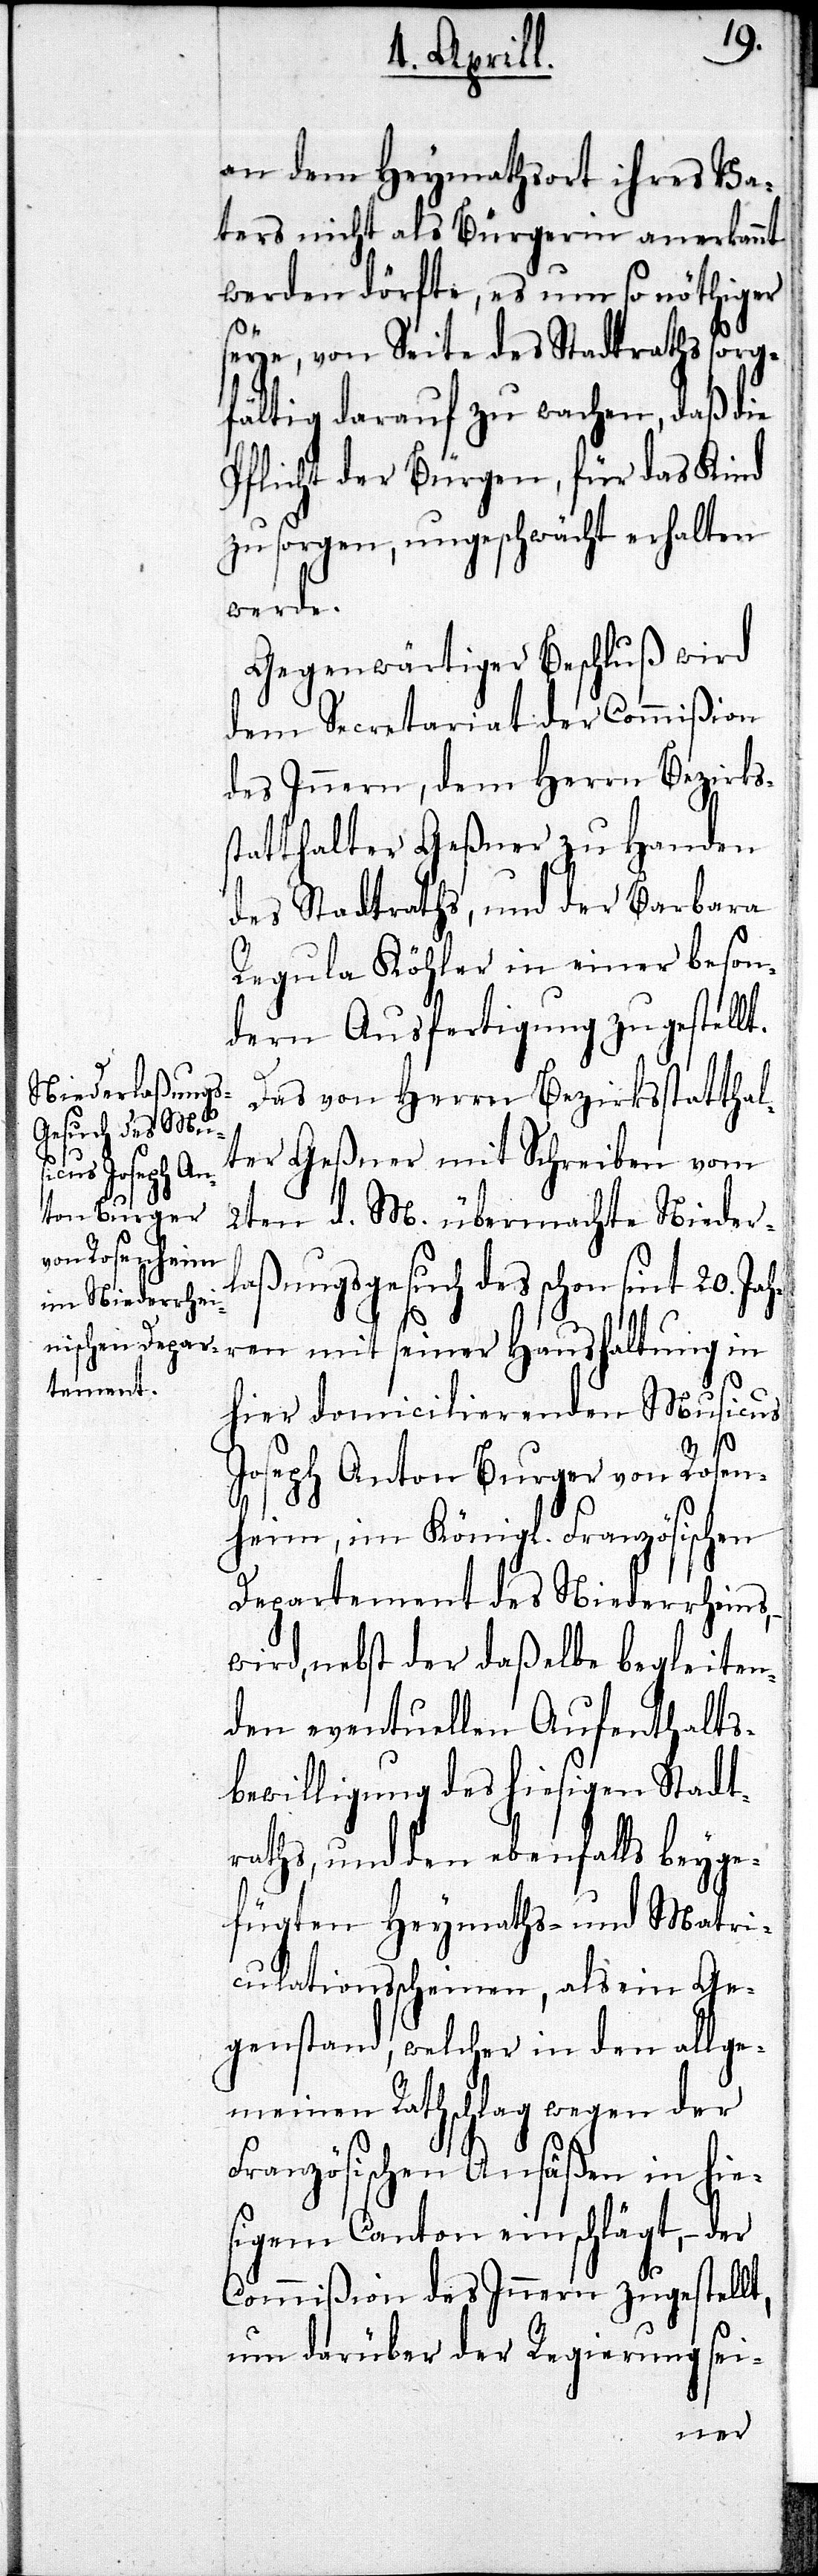
an dem Heymathsort ihre Va¬
ters nicht als Bürgerin anerkannt
werden dörfte, es umso nöthiger
seye, von Seite des Stadtraths sorg¬
fältig darauf zu wachen, daß die
Pflicht der Bürgen, für das Kind
zu sorgen, ungeschwächt erhalten
werde.
Gegenwärtiger Beschluß wird
dem Secretariat der Commißion
des Innern, dem Herrn Bezirks¬
statthalter Geßner zu Handen
des Stadtraths, und der Barbara
Regula Köhler in einer beson¬
dern Ausfertigung zugestellt.
Das von Herrn Bezirksstatthal¬
ter Geßner mit Schreiben vom
2ten d. M. übermachte Nieder¬
laßungsgesuch des schon seit 20. Jah¬
ren mit seiner Haushaltung in
hier domicilierenden Musicus
Joseph Anton Burger von Rosen¬
heim, im Königl. Französischen
Departement des Niederrheins,
wird, nebst der daßelbe begleiten¬
den eventuellen Aufenthalts¬
bewilligung des hiesigen Stadt¬
raths, und den ebenfalls beyge¬
fügten Heymaths- und Matri¬
culationsscheinen, als ein Ge¬
genstand, welcher in den allge¬
meinen Rathschlag wegen der
Französischen Ansäßen in hie¬
sigem Canton einschlägt, – der
Commißion des Innern zugestellt,
um darüber der Regierung sei-